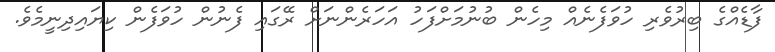
ފާޑެއްގެ ބިރުވެރި ހުވަފެނެއް މިހެން ބުނުމަށްފަހު އަހަރެންނަށް ރޭގައި ފެނުން ހުވަފެން ކިޔައިދިނީމެވެ.